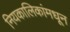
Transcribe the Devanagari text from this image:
नियकालिकांमधून